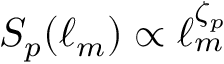
S _ { p } ( \ell _ { m } ) \propto \ell _ { m } ^ { \zeta _ { p } }